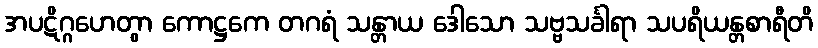
အပဋိဂ္ဂဟေတွာ ကောဋ္ဌကေ တဂရံ သန္တာယ ဒေါသော သဗ္ဗသင်္ခါရာ သပရိယန္တစာရီတိ